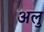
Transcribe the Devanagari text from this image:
अलु